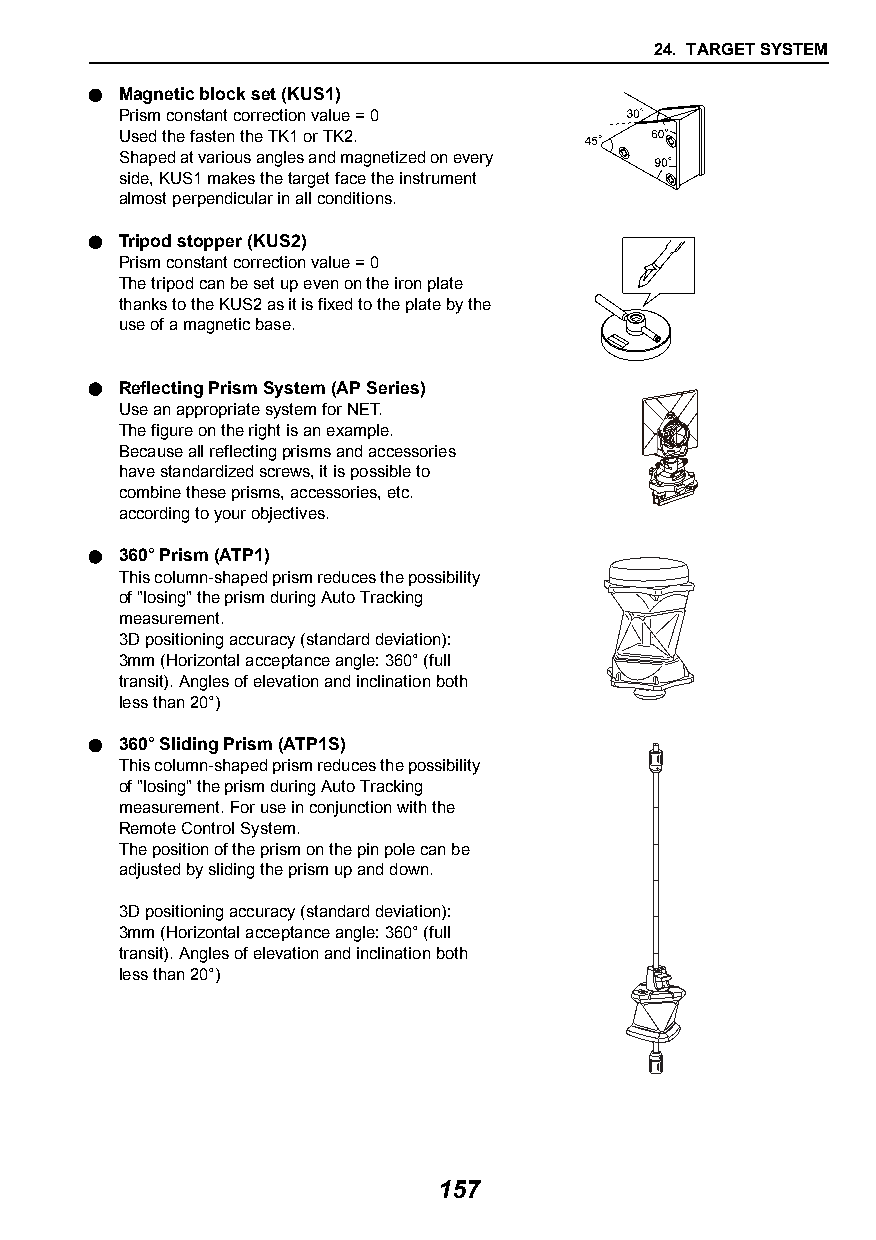
24. TARGET SYSTEM
  Magnetic block set (KUS1)
 Prism constant correction value = 0
 Used the fasten the TK1 or TK2.
 Shaped at various angles and magnetized on every
 side, KUS1 makes the target face the instrument
 almost perpendicular in all conditions.
  Tripod stopper (KUS2)
 Prism constant correction value = 0
 The tripod can be set up even on the iron plate
 thanks to the KUS2 as it is fixed to the plate by the
 use of a magnetic base.
  Reflecting Prism System (AP Series)
 Use an appropriate system for NET.
 The figure on the right is an example.
 Because all reflecting prisms and accessories
 have standardized screws, it is possible to
 combine these prisms, accessories, etc.
 according to your objectives.
  360° Prism (ATP1)
 This column-shaped prism reduces the possibility
 of "losing" the prism during Auto Tracking
 measurement.
 3D positioning accuracy (standard deviation):
 3mm (Horizontal acceptance angle: 360° (full
 transit). Angles of elevation and inclination both
 less than 20°)
  360° Sliding Prism (ATP1S)
 This column-shaped prism reduces the possibility
 of "losing" the prism during Auto Tracking
 measurement. For use in conjunction with the
 Remote Control System.
 The position of the prism on the pin pole can be
 adjusted by sliding the prism up and down.
 3D positioning accuracy (standard deviation):
 3mm (Horizontal acceptance angle: 360° (full
 transit). Angles of elevation and inclination both
 less than 20°)
 157